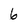
Character: 6